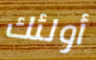
أولئك